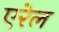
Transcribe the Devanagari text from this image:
एरेल